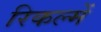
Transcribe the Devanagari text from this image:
रिकल्‍में